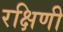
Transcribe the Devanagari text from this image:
रक्षिणी